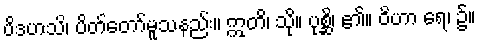
ပိဒဟသိ၊ ပိတ်တော်မူသနည်း။ ဣတိ၊ သို။ ပုစ္ဆိ၊ ၏။ ဝိဟာ ရေ၊ ၌။